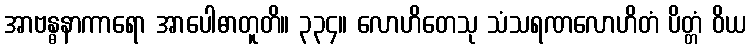
အာဗန္ဓနာကာရော အာပေါဓာတူတိ။ ၃၃၄။ လောဟိတေသု သံသရဏလောဟိတံ ပိတ္တံ ဝိယ